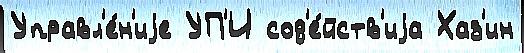
Управл'е́н'иjе УП'И сод'е́йств'иjа Хаз'ин